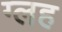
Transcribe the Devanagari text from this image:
ग्लह